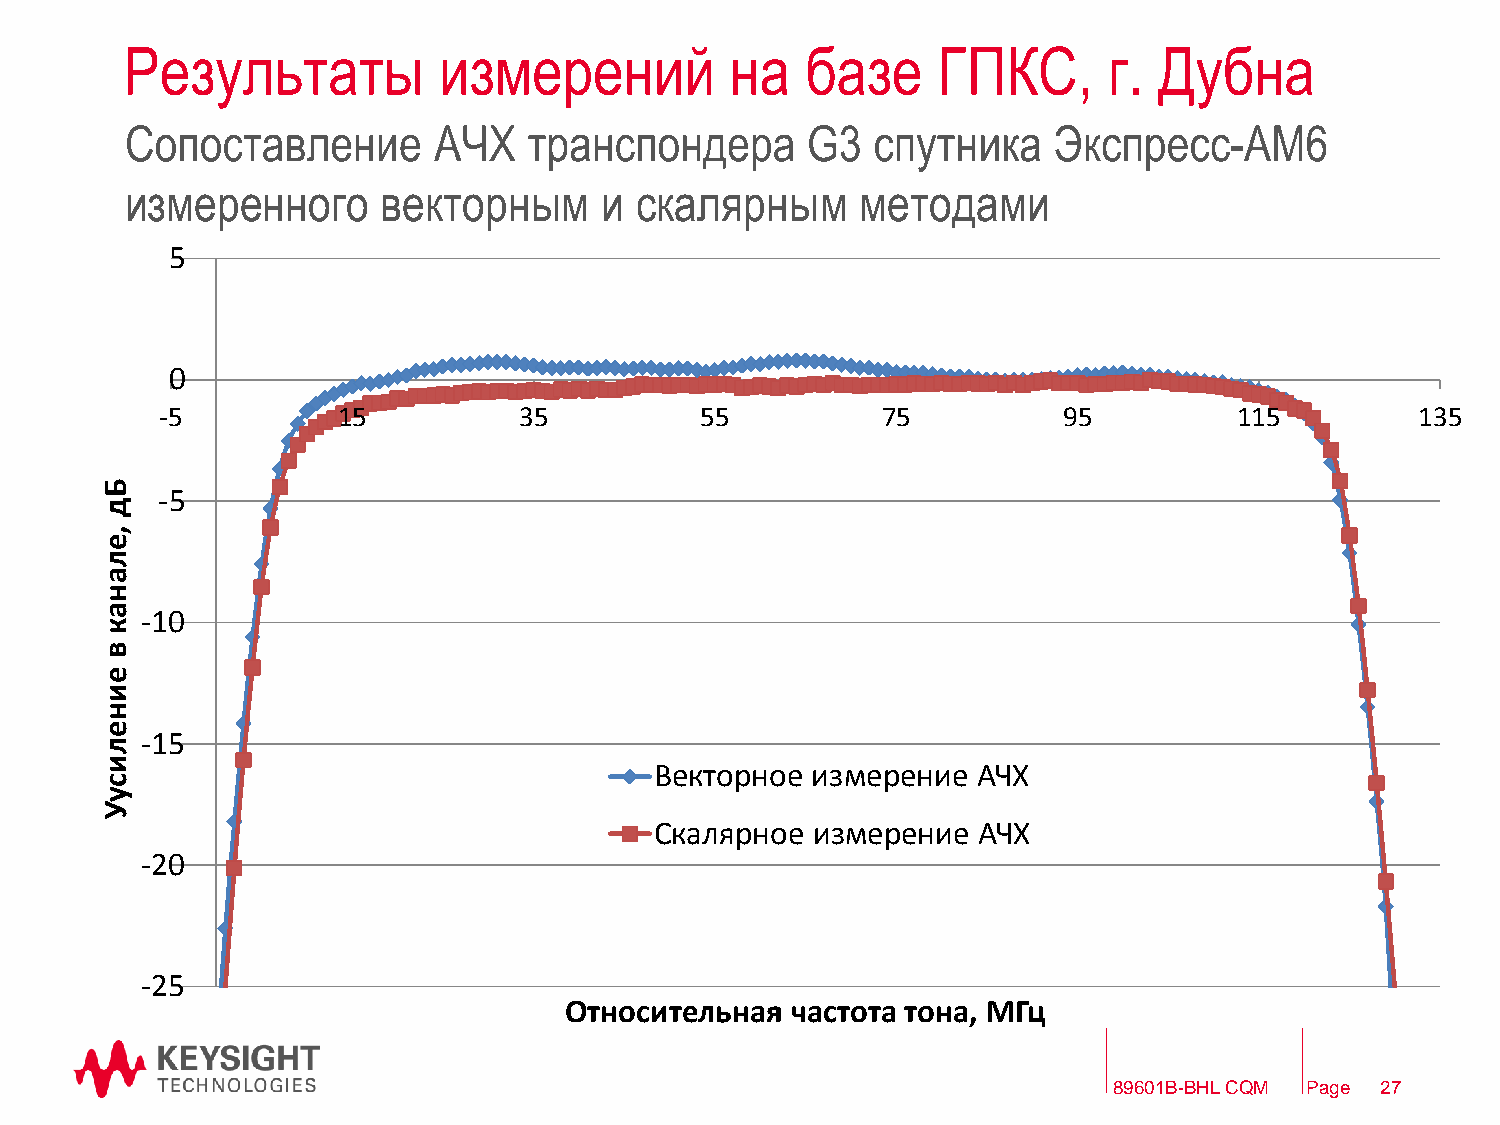
Результаты           измерений          на   базе     ГПКС,      г.  Дубна
 Сопоставление        АЧХ   транспондера      G3   спутника    Экспресс-АМ6
 измеренного      векторным      и скалярным      методами
 5
 0
 -5         15          35          55          75          95          115         135
 Б
 -5
 д
 ,
 е
 л
 а
 н
 а -10
 к
 в
 е
 и
 н
 е
 -15
 л
 и
 Векторное  измерение  АЧХ
 с
 у
 У
 Скалярное  измерение  АЧХ
 -20
 -25
 Относительная  частота тона, МГц
 89601B-BHL CQM Page 27